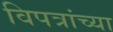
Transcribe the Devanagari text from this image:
विपत्रांच्या